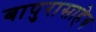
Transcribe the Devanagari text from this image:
बापुरासाहेब